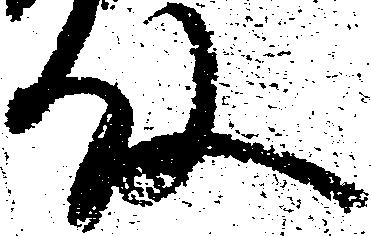
殿